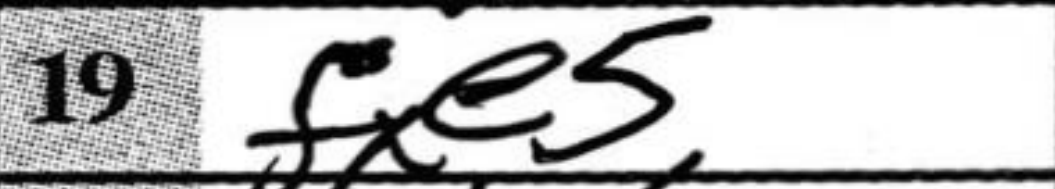
Transcription: fxe5